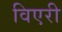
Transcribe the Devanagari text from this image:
विएरी